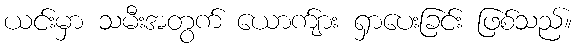
ယင်းမှာ သမီးအတွက် ယောက်ျား ရှာပေးခြင်း ဖြစ်သည်။